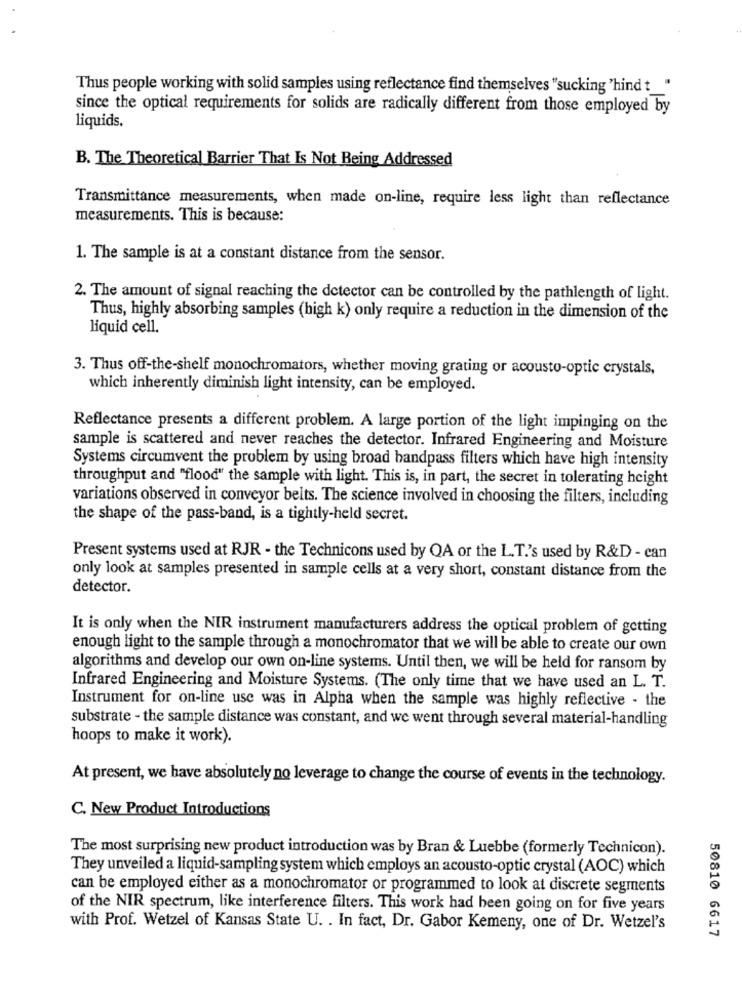
Thus people working with solid samples using reflectance find themselves "sucking 'hind t_"
since the optical requirements for solids are radically different from those employed by
liquids.
B. The Theoretical Barrier That Is Not Being Addressed
Transmittance measurements, when made on-line, require less light than reflectance
measurements. This is because:
1. The sample is at a constant distance from the sensor.
2. The amount of signal reaching the detector can be controlled by the pathlength of light.
Thus, highly absorbing samples (high k) only require a reduction in the dimension of the
liquid cell.
3. Thus off-the-shelf monochromators, whether moving grating or acousto-optic crystals,
which inherently diminish light intensity, can be employed.
Reflectance presents a different problem. A large portion of the light impinging on the
sample is scattered and never reaches the detector. Infrared Engineering and Moisture
Systems circumvent the problem by using broad bandpass filters which have high intensity
throughput and "flood" the sample with light. This is, in part, the secret in tolerating height
variations observed in conveyor belts. The science involved in choosing the filters, including
the shape of the pass-band, is a tightly-held secret.
Present systems used at RJR - the Technicons used by QA or the L.T.'s used by R&D - can
only look at samples presented in sample cells at a very short, constant distance from the
detector.
It is only when the NIR instrument manufacturers address the optical problem of getting
enough light to the sample through a monochromator that we will be able to create our own
algorithms and develop our own on-line systems. Until then, we will be held for ransom by
Infrared Engineering and Moisture Systems. (The only time that we have used an L. T.
Instrument for on-line use was in Alpha when the sample was highly reflective - the
substrate - the sample distance was constant, and we went through several material-handling
hoops to make it work).
At present, we have absolutely no leverage to change the course of events in the technology.
C. New Product Introductions
The most surprising new product introduction was by Bran & Luebbe (formerly Technicon).
They unveiled a liquid-sampling system which employs an acousto-optic crystal (AOC) which
can be employed either as a monochromator or programmed to look at discrete segments
of the NIR spectrum, like interference filters. This work had been going on for five years
with Prof. Wetzel of Kansas State U. . In fact, Dr. Gabor Kemeny, one of Dr. Wetzel's
50810 6617